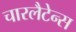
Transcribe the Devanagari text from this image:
चारलैटेन्स